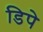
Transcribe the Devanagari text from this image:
डिपे